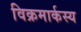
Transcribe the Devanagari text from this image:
विक्रमार्कस्य